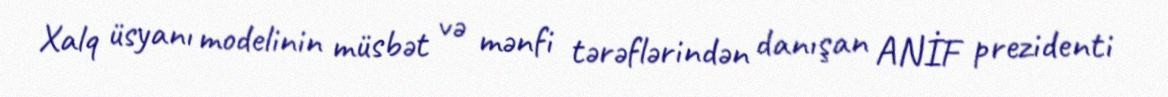
Xalq üsyanı modelinin müsbət və mənfi tərəflərindən danışan ANİF prezidenti